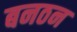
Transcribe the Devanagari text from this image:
बनठन